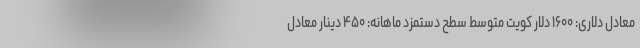
معادل دلاری: ۱۶۰۰ دلار کویت متوسط سطح دستمزد ماهانه: ۴۵۰ دینار معادل